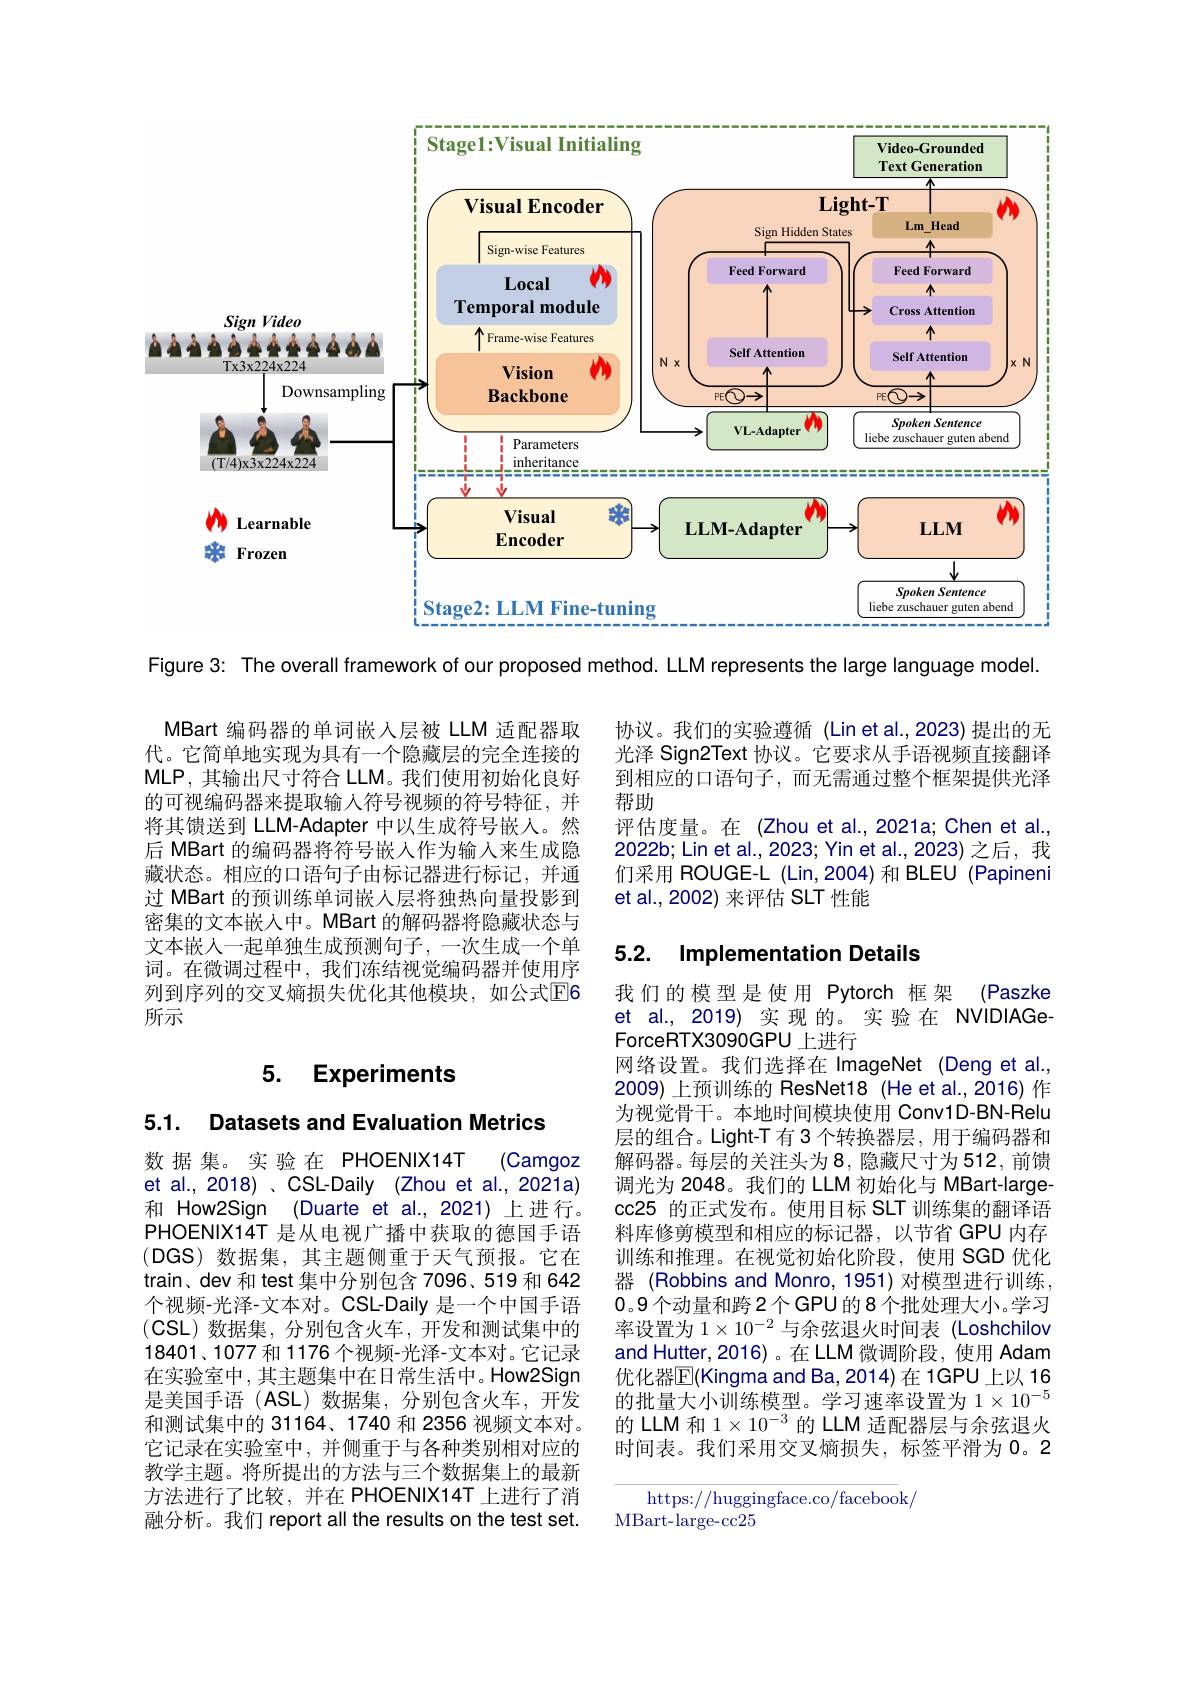
<FigureHere>

Figure 3: The overall framework of our proposed method. LLM represents the large language model

MBart 编码器的单词嵌入层被 LLM 适配器取代。它简单地实现为具有一个隐藏层的完全连接的MLP,其输出尺寸符合 LLM。我们使用初始化良好的可视编码器来提取输入符号视频的符号特征，并将其馈送到 LLM-Adapter 中以生成符号嵌人。然后 MBart 的编码器将符号嵌人作为输入来生成隐藏状态。相应的口语句子由标记器进行标记，并通过 MBart 的预训练单词嵌人层将独热向量投影到密集的文本嵌入中。MBart 的解码器将隐藏状态与文本嵌人一起单独生成预测句子，一次生成一个单词。在微调过程中，我们冻结视觉编码器并使用序列到序列的交叉熵损失优化其他模块，如公式$\overline{\mathrm{E}}$6所示

## 5. Experiments

5.1. Datasets and Evaluation Metrics

数据集。实验在 PHOENIX14T
(Camgoz
et al., 2018) 、CSL-Daily (Zhou et al., 2021a) 和 How2Sign (Duarte et al.,2021) 上进行。PHOENIX14T 是从电视广播中获取的德国手语(DGS)数据集，其主题侧重于天气预报。它在train、dev 和 test 集中分别包含 7096、519 和 642个视频-光泽-文本对。CSL-Daily 是一个中国手语$(\mathsf{CSL})$数据集，分别包含火车，开发和测试集中的$18401、1077$和 1176 个视频-光泽-文本对。它记录在实验室中，其主题集中在日常生活中。How2Sign 是美国手语(ASL)数据集，分别包含火车，开发和测试集中的 31164、1740 和 2356 视频文本对。它记录在实验室中，并侧重于与各种类别相对应的教学主题。将所提出的方法与三个数据集上的最新方法进行了比较，并在 PHOENIX14T 上进行了消融分析。我们 report all the results on the test set.

协议。我们的实验遵循 (Lin et al.,2023)提出的无光泽 Sign2Text 协议。它要求从手语视频直接翻译到相应的口语句子，而无需通过整个框架提供光泽帮助
评估度量。在 (Zhou et al.,2021a; Chen et al., 2022b; Lin et al., 2023; Yin et al., 2023) 之后，我们采用 ROUGE-L (Lin,2004)和 BLEU (Papineni et al., 2002) 来评估 SLT 性能

## 5.2. Implementation Details

我们的模型是使用 Pytorch 框架 (Paszke et al., 2019) 实现的。实验在 NVIDIAGeForceRTX3090GPU 上进行
网络设置。我们选择在 ImageNet (Deng et al., 2009) 上预训练的 ResNet18 (He et al.,2016)作为视觉骨干。本地时间模块使用 Conv1D-BN-Relu 层的组合。Light-T 有 3 个转换器层，用于编码器和解码器。每层的关注头为8，隐藏尺寸为512，前馈调光为 2048。我们的 LLM 初始化与 MBart-largecc25 的正式发布。使用目标 SLT 训练集的翻译语料库修剪模型和相应的标记器，以节省 GPU 内存训练和推理。在视觉初始化阶段，使用 SGD 优化器 (Robbins and Monro, 1951) 对模型进行训练， 0。9个动量和跨2个GPU的8个批处理大小。学习率设置为$1\times10^{-2}$与余弦退火时间表 (Loshchilov and Hutter, 2016)。在 LLM 微调阶段，使用 Adam 优化器$\overline{\mathbb{E}}($Kingma and Ba, 2014)在 1GPU 上以 16的批量大小训练模型。学习速率设置为$1\times10^{-5}$ 的 LLM 和 1$\times10^{-3}$的 LLM 适配器层与余弦退火时间表。我们采用交叉熵损失，标签平滑为0。2

https://huggingface.co/facebook/
MBart- large- cc25